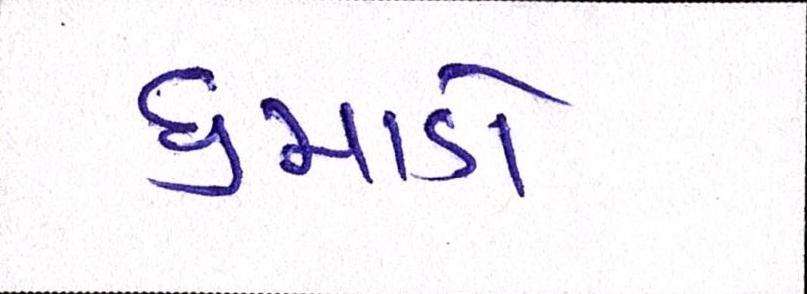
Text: ધુમાડો